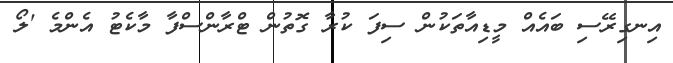
އިނގިރޭސި ބައެއް މީޑިއާތަކުން ސިފަ ކުރާ ގޮތުން ޓްރާންސްފާ މާކެޓު އެންމެ 'ލޯ